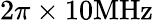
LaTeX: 2\pi\times 10\mathrm{MHz}